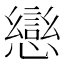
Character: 𭟄